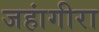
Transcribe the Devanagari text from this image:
जहांगीरा